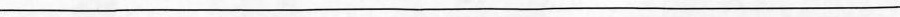
___